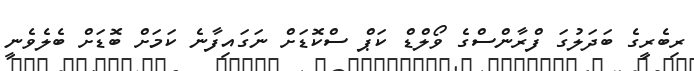
ރިބެރީގެ ބަދަލުގަ ފްރާންސްގެ ވޯލްޑް ކަޕް ސްކޮޑަށް ނަގައިފާނެ ކަމަށް ބޮޑަށް ބެލެވެނީ